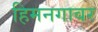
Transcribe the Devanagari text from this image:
हिमनगावर